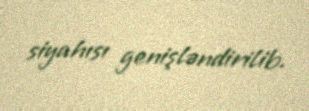
siyahısı genişləndirilib.